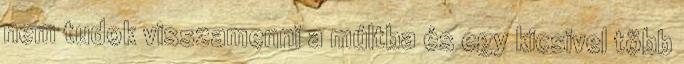
nem tudok visszamenni a múltba és egy kicsivel több